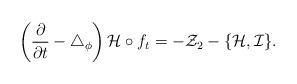
LaTeX: \begin{align*}\left(\frac{\partial}{\partial t} -\triangle_\phi\right){\cal H}\circ f_t=-{\cal Z}_2-\{{\cal H},{\cal I}\}.\end{align*}